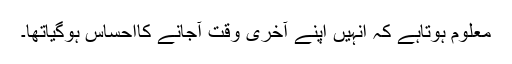
معلوم ہوتاہے کہ انہیں اپنے آخری وقت آجانے کااحساس ہوگیاتھا۔